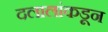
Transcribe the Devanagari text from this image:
दलालांकडून